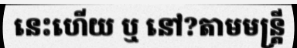
នេះហើយ ឬ នៅ?តាមមន្ត្រី